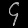
Digit: ၄